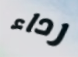
رداء